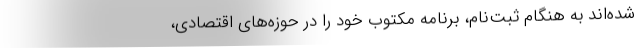
شده‌اند به هنگام ثبت‌نام، برنامه مکتوب خود را در حوزه‌های اقتصادی،